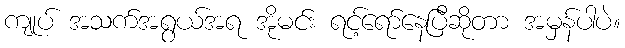
ကျုပ် အသက်အရွယ်အရ အိုမင်း ရင့်ရော်နေပြီဆိုတာ အမှန်ပါပဲ။